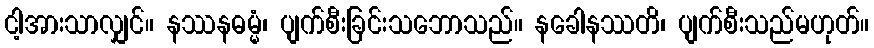
ငါ့အားသာလျှင်။ နဿနဓမ္မံ၊ ပျက်စီးခြင်းသဘောသည်။ နခေါနဿတိ၊ ပျက်စီးသည်မဟုတ်။